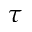
\tau